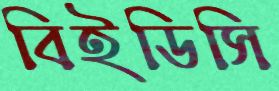
বিইডিসি